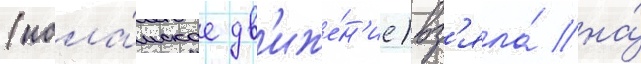
(исла́мское дв'иже́н'ие) вз'яла́ на́